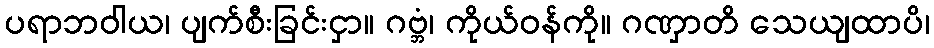
ပရာဘဝါယ၊ ပျက်စီးခြင်းငှာ။ ဂဗ္ဘံ၊ ကိုယ်ဝန်ကို။ ဂဏှာတိ သေယျထာပိ၊